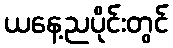
ယနေ့ညပိုင်းတွင်